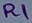
Text: R1